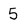
Character: 5